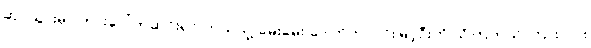
ဆပ်သွားမှာ ကားပေါ်ကဆင်းရင် ဘယ်သူ့ မေးမေး ဒေါက်တာဝင်းမြင့်ဦးကို သိကြတယ် ကြားလား